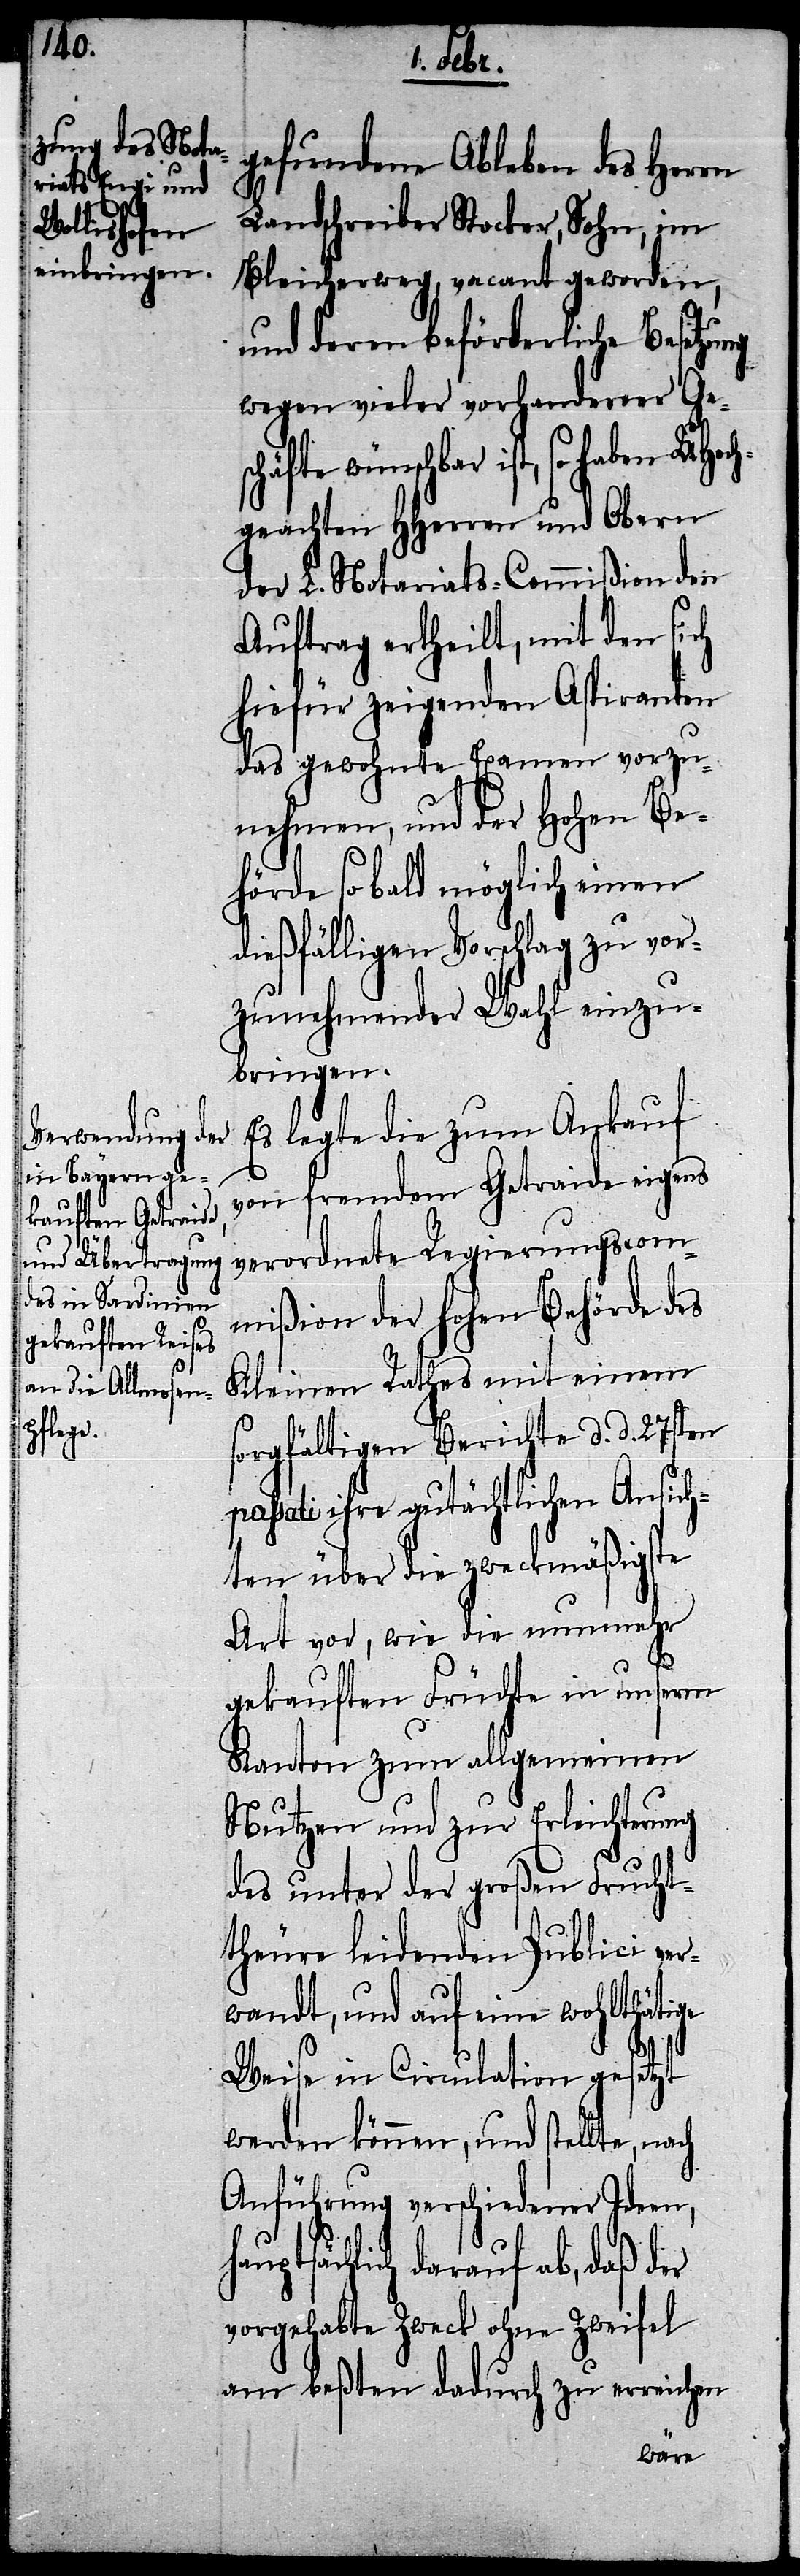
haupts¬

gefundene Ableben des Herrn
Landschreiber Stocker, Sohn, im
Bleicherweg, vacant geworden,
und deren beförderliche Besetzung
wegen vieler vorhandener Ge¬
hbar ist, so haben UHoc¬
hgeachten HHerren und Obern
der L. Notariats-Commißion den
Auftrag ertheilt, mit den sich
hiefür zeigenden Aspiranten
das gewohnte Examen vorzu¬
nehmen, und der Hohen Be¬
hörde so bald möglich einen
dießfälligen Vorschlag zu vor¬
zunehmender Wahl einzu¬
bringen.
Es legte die zum Ankauf
von fremdem Getraide eigens
verordnete Regierungscom¬
mißion der hohen Behörde des
Kleinen Rathes mit einem
sorgfältigen Berichte d. d. 27sten
sati ihre gutächtlichen Ansich¬
ten über die zweckmäßigste
Art vor, wie die nunmehr
gekauften Früchte in unserm
Kanton zum allgemeinen
Nutzen und zur Erleichterung
des unter der großen Frucht¬
theure leidenden Publici ver¬
wandt, und auf eine wohlthätige
Weise in Circulation gesetzt
werden können, und stellte,
Anführung verschiedener Ideen,
ächlich darauf ab, daß der
vorgehabte Zweck ohne Zweifel
am beßten dadurch zu erreichen